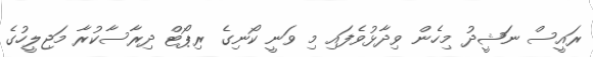
ރައީސް ނަޝީދު މިހެން ވިދާޅުވެފައި މި ވަނީ ކޯނިގެ ރިޕޯޓް ދިރާސާކުރާ މަޖިލީހުގެ